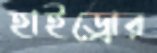
হাইড্রোর